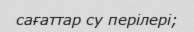
сағаттар су перiлерi;